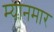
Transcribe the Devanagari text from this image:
म्‍यानमार